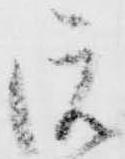
沅